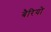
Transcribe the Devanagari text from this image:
बैरियो